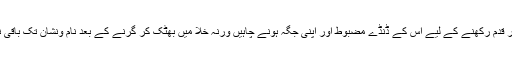
سیڑھی پر قدم رکھنے کے لیے اس کے ڈنڈے مضبوط اور اپنی جگہ ہونے چاہیں ورنہ خلا میں بھٹک کر گرنے کے بعد نام ونشان تک باقی نہیں رہتا۔